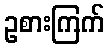
ဥစားကြက်